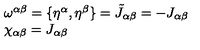
\begin{array} { l } { \omega ^ { \alpha \beta } = \{ \eta ^ { \alpha } , \eta ^ { \beta } \} = \tilde { J } _ { \alpha \beta } = - J _ { \alpha \beta } } \\ { \chi _ { \alpha \beta } = J _ { \alpha \beta } } \\ \end{array}